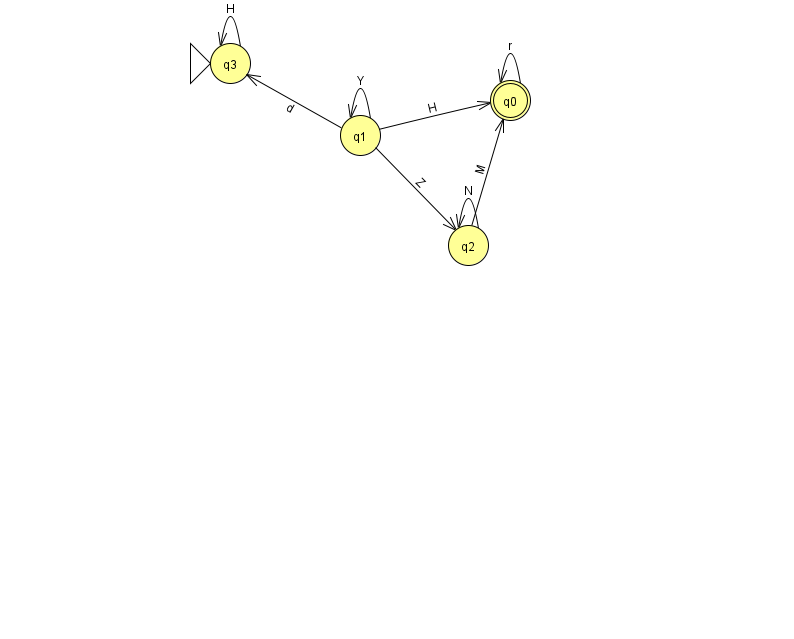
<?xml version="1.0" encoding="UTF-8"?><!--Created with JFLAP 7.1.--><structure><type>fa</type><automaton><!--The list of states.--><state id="0" name="q0"><x>510.0</x><y>87.0</y><final/></state><state id="1" name="q1"><x>360.0</x><y>122.0</y></state><state id="2" name="q2"><x>468.0</x><y>232.0</y></state><state id="3" name="q3"><x>230.0</x><y>50.0</y><initial/></state><!--The list of transitions.--><transition><from>1</from><to>2</to><read>Z</read></transition><transition><from>0</from><to>0</to><read>r</read></transition><transition><from>1</from><to>0</to><read>H</read></transition><transition><from>1</from><to>3</to><read>d</read></transition><transition><from>2</from><to>0</to><read>M</read></transition><transition><from>3</from><to>3</to><read>H</read></transition><transition><from>1</from><to>1</to><read>Y</read></transition><transition><from>2</from><to>2</to><read>N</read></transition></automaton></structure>